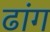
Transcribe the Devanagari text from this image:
ढांग